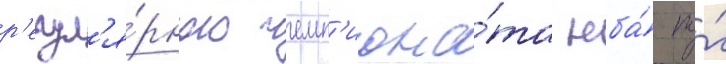
р'егул'я́рного чемп'иона́та нба́ по́